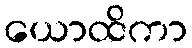
ယောထိကာ